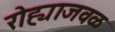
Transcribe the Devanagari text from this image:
रोह्याजवळ